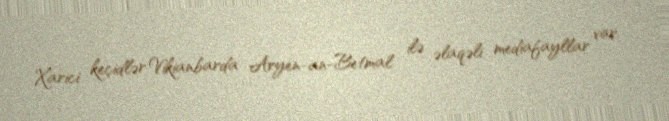
Xarici keçidlər Vikianbarda Aryen-an-Betmal ilə əlaqəli mediafayllar var.